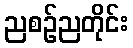
ညစဉ်ညတိုင်း